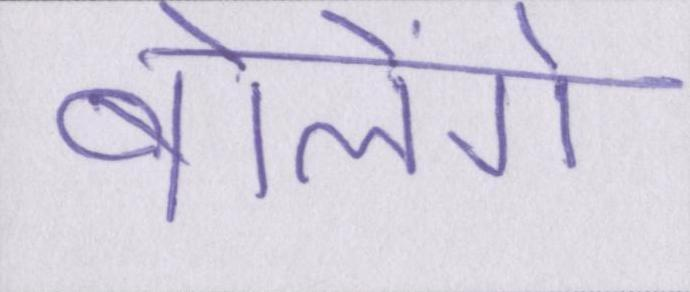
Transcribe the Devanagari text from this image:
बोलेंगे